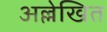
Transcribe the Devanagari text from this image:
अल्लेखित